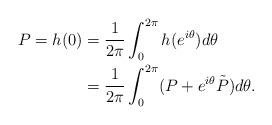
LaTeX: \begin{align*}P= h(0) &= \frac 1{2\pi} \int_0^{2\pi} h(e^{i\theta}) d\theta \\ &=\frac 1{2\pi} \int_0^{2\pi} (P+e^{i\theta}\tilde P) d\theta. \end{align*}